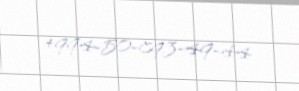
+994-50-893-49-44